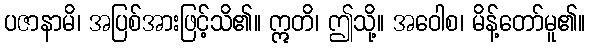
ပဇာနာမိ၊ အပြစ်အားဖြင့်သိ၏။ ဣတိ၊ ဤသို့။ အဝေါစ၊ မိန့်တော်မူ၏။